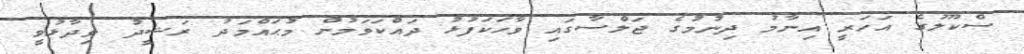
ސްކޫލުގެ އަހަރީ އިނާމު ދިނުމުގެ ޖަލްސާގައި ވާހަކަފުޅު ދައްކަވަމުން މުޙައްމަދު ރަޝީދު ވިދާޅުވީ